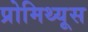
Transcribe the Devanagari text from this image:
प्रोमिथ्यूस